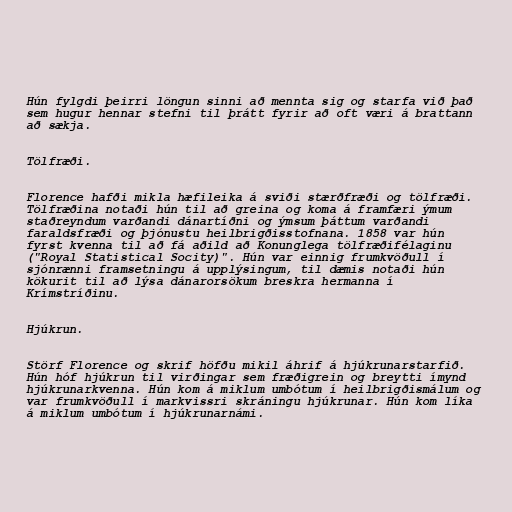
Hún fylgdi þeirri löngun sinni að mennta sig og starfa við það
sem hugur hennar stefni til þrátt fyrir að oft væri á brattann
að sækja.

Tölfræði.

Florence hafði mikla hæfileika á sviði stærðfræði og tölfræði.
Tölfræðina notaði hún til að greina og koma á framfæri ýmum
staðreyndum varðandi dánartíðni og ýmsum þáttum varðandi
faraldsfræði og þjónustu heilbrigðisstofnana. 1858 var hún
fyrst kvenna til að fá aðild að Konunglega tölfræðifélaginu
("Royal Statistical Socity)". Hún var einnig frumkvöðull í
sjónrænni framsetningu á upplýsingum, til dæmis notaði hún
kökurit til að lýsa dánarorsökum breskra hermanna í
Krímstríðinu.

Hjúkrun.

Störf Florence og skrif höfðu mikil áhrif á hjúkrunarstarfið.
Hún hóf hjúkrun til virðingar sem fræðigrein og breytti ímynd
hjúkrunarkvenna. Hún kom á miklum umbótum í heilbrigðismálum og
var frumkvöðull í markvissri skráningu hjúkrunar. Hún kom líka
á miklum umbótum í hjúkrunarnámi.